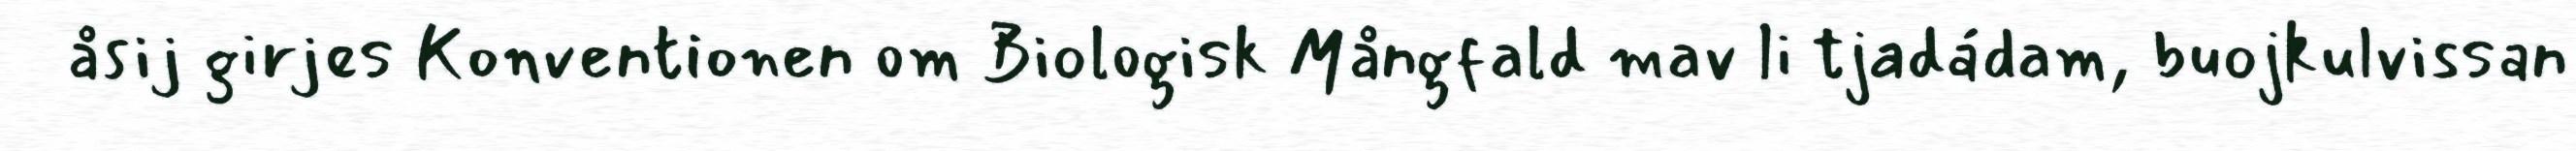
åsij girjes Konventionen om Biologisk Mångfald mav li tjadádam, buojkulvissan